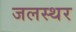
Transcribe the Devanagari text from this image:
जलस्थर